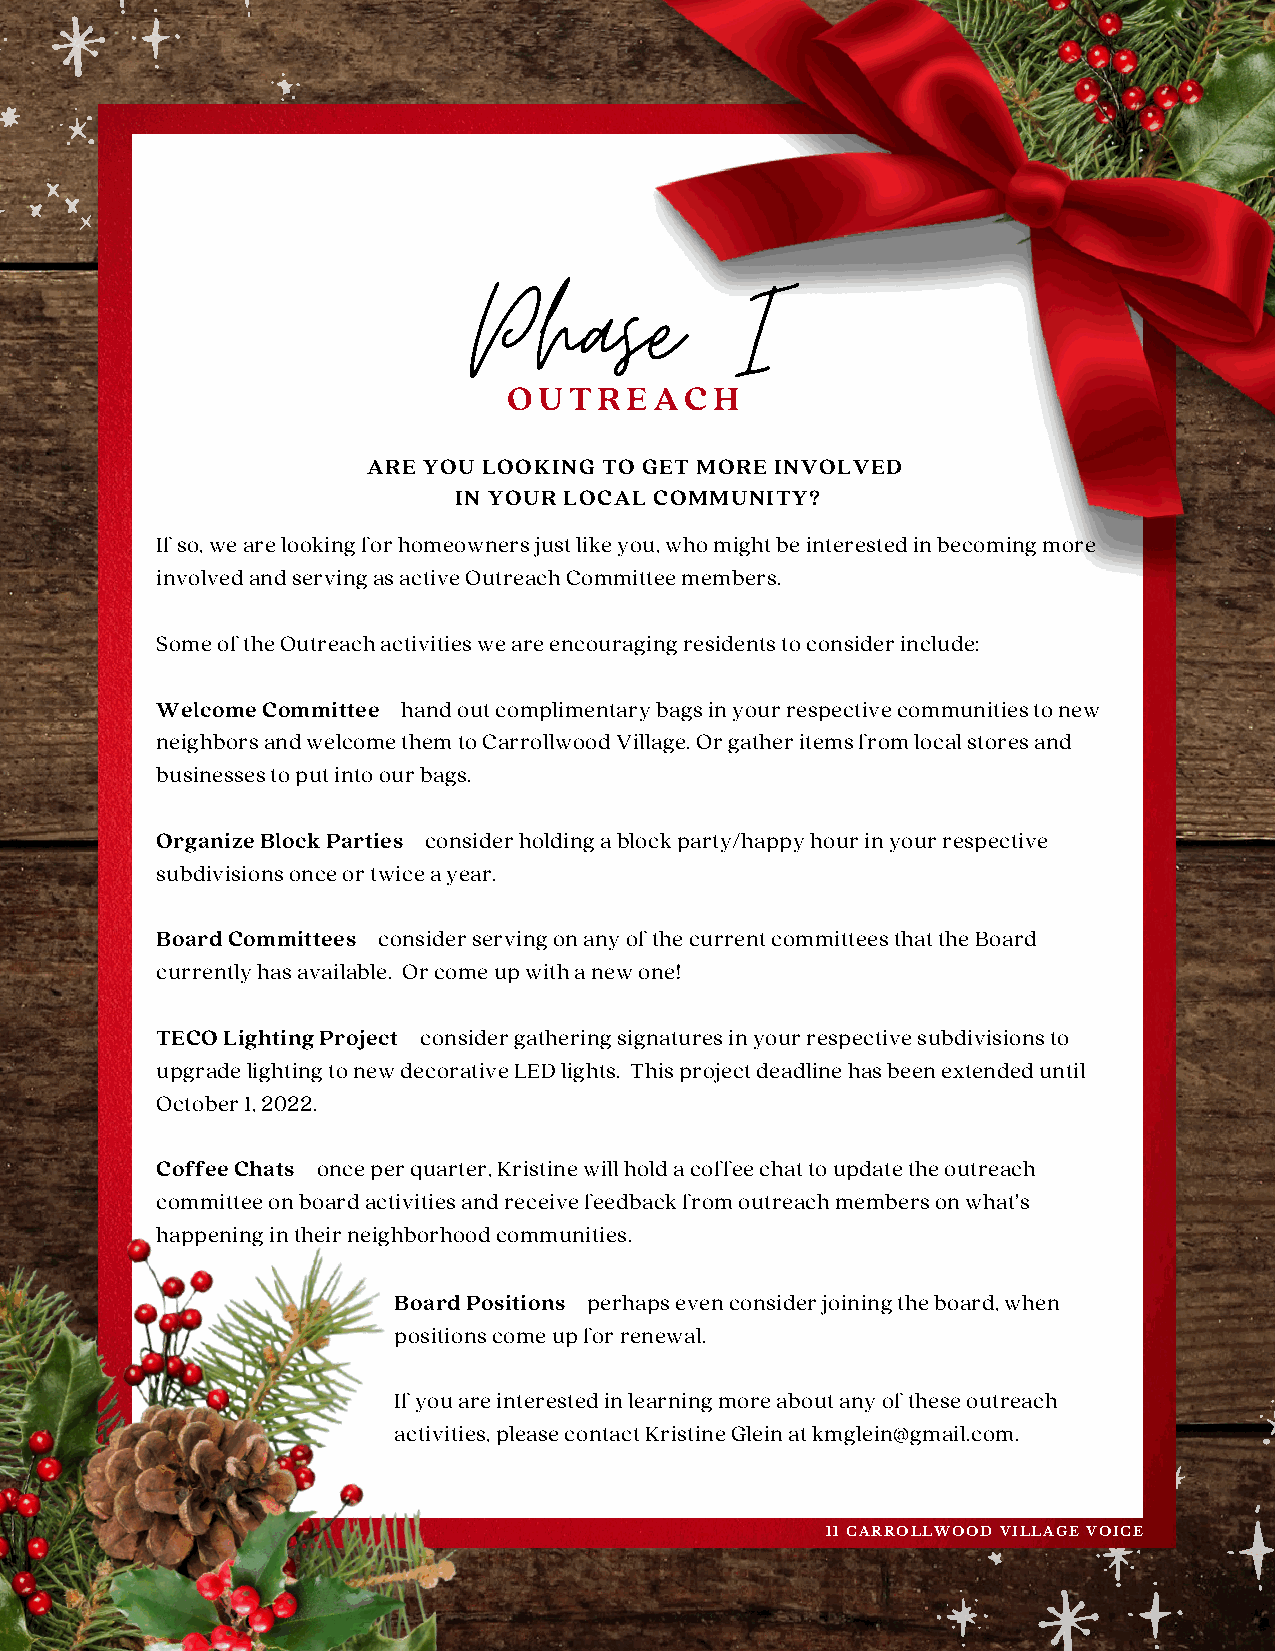
Phase             I
 OUTREACH
 ARE YOU LOOKING TO GET MORE INVOLVED
 IN YOUR LOCAL COMMUNITY?
 If so, we are looking for homeowners just like you, who might be interested in becoming more
 involved and serving as active Outreach Committee members.
 Some of the Outreach activities we are encouraging residents to consider include:
 Welcome Committee—hand out complimentary bags in your respective communities to new
 neighbors and welcome them to Carrollwood Village. Or gather items from local stores and
 businesses to put into our bags.
 Organize Block Parties—consider holding a block party/happy hour in your respective
 subdivisions once or twice a year.
 Board Committees—consider serving on any of the current committees that the Board
 currently has available. Or come up with a new one!
 TECO Lighting Project—consider gathering signatures in your respective subdivisions to
 upgrade lighting to new decorative LED lights. This project deadline has been extended until
 October 1, 2022.
 Coffee Chats—once per quarter, Kristine will hold a coffee chat to update the outreach
 committee on board activities and receive feedback from outreach members on what’s
 happening in their neighborhood communities.
 Board Positions—perhaps even consider joining the board, when
 positions come up for renewal.
 If you are interested in learning more about any of these outreach
 activities, please contact Kristine Glein at kmglein@gmail.com.
 11 CARROLLWOOD VILLAGE VOICE